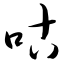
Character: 咕